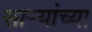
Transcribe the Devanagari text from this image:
सार्‍यांच्या